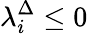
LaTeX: \lambda_{i}^{\Delta}\leq 0